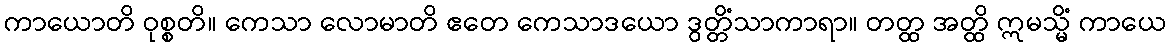
ကာယောတိ ဝုစ္စတိ။ ကေသာ လောမာတိ ဧတေ ကေသာဒယော ဒွတ္တိံသာကာရာ။ တတ္ထ အတ္ထိ ဣမသ္မိံ ကာယေ